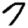
Digit: 7